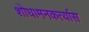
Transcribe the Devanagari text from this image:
शोध।मनकर्त्यास